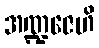
အဏ္ဍဇေဟိ